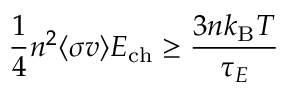
{ \frac { 1 } { 4 } } n ^ { 2 } \langle \sigma v \rangle E _ { \mathrm { { c h } } } \geq { \frac { 3 n k _ { \mathrm { { B } } } T } { \tau _ { E } } }